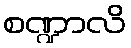
စဏ္ဍာလိ